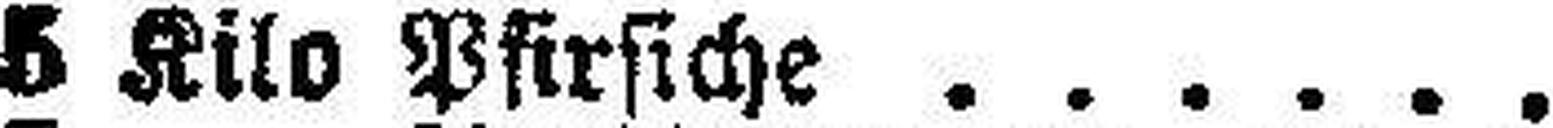
5 Kilo Pfirsiche